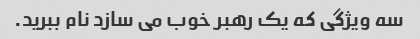
سه ویژگی که یک رهبر خوب می سازد نام ببرید.